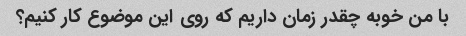
با من خوبه چقدر زمان داریم که روی این موضوع کار کنیم؟